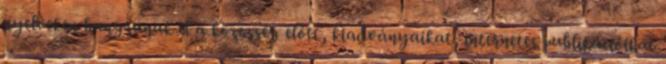
nyelveken hangzanak el a közösség előtt, kiadványaikat, internetes publikációikat